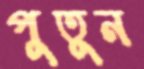
পুতুন